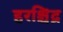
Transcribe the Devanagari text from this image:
हरश्चिंद्र